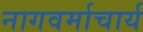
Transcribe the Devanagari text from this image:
नागवर्माचार्य